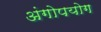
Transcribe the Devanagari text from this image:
अंगोपयोग